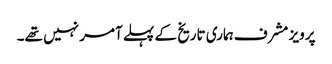
پرویز مشرف ہماری تاریخ کے پہلے آمر نہیں تھے۔